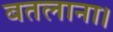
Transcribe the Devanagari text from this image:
बतलाना।